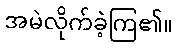
အမဲလိုက်ခဲ့ကြ၏။